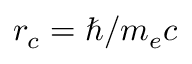
r _ { c } = \hbar / m _ { e } c